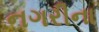
નગરીના